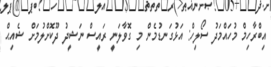
އިބްރާހިމް މުހައްމަދު ސޯލިހް: އަޅުގަނޑުމެން މި ގޮވާލަނީ ރައީސް ނަޝީދު ދޫކޮށްލުމަށް ޝެއިޙް